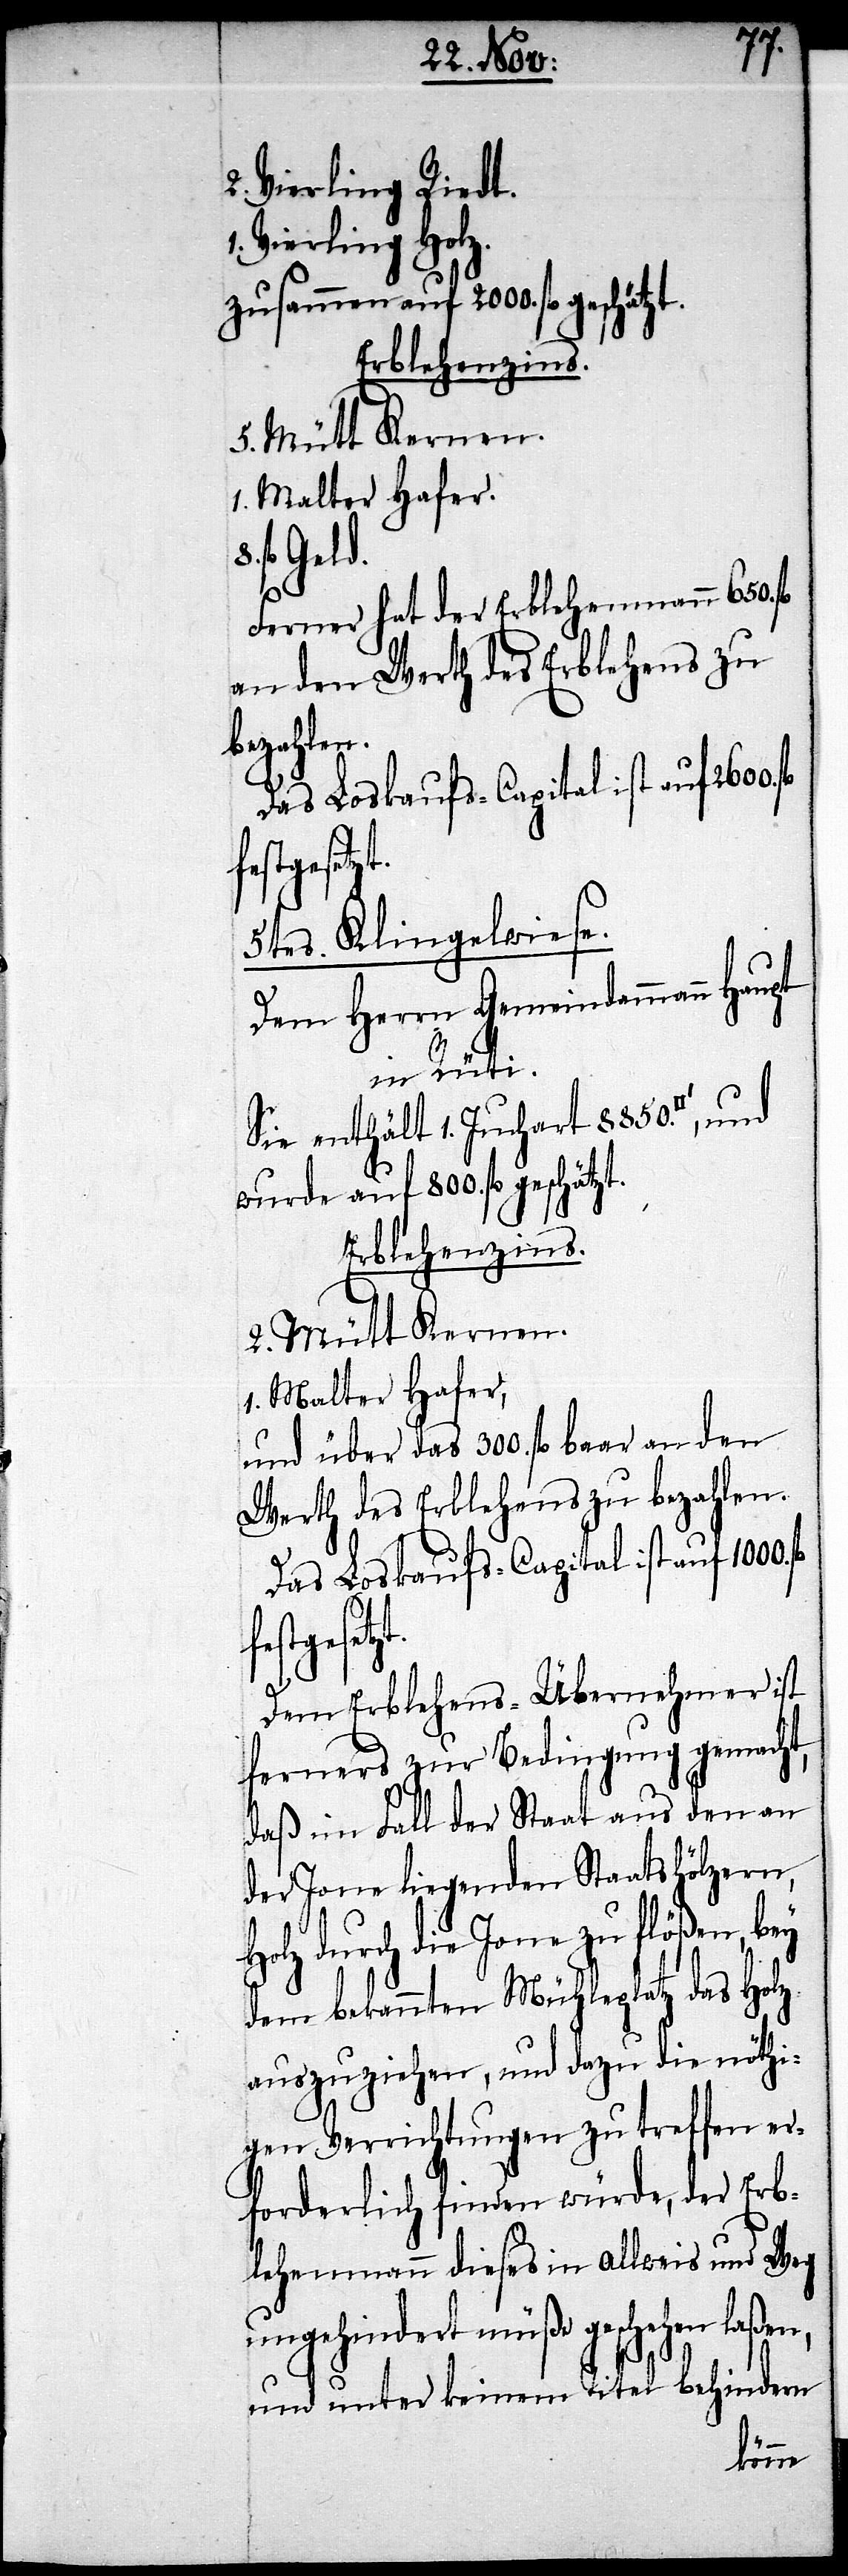
2. Vierling Riedt.
Vierling Holz.
zusammen auf 2000. fl.
2. Mütt Kernen.
1. Malter Hafer.
fl. Geld.
Ferner hat der Erblehenmann 650.
an den Werth des Erblehens zu
bezahlen.
gesetzt.
5tes. Klingelwiese.
Dem Herrn Gemeindammann Haupt
in Rüti.
Sie enthält 1. Juchart 8850. [Quad¬
wurde auf 800. fl. gesch¬
Erblehenszins.
und über das 300. fl. baar an den
Werth des Erblehens zu bezahlen.
Das Loskaufs-Capital ist auf 1000.
ätzt.
Dem Erblehens-Übernehmer ist
ferners zur Bedingung gemacht,
daß im Fall der Staat aus den an
der Jone liegenden Staatshölzern,
durch die Jone zu flößen, bey
dem bekannten Mühleplatz das Holz
auszuziehen, und dazu die nöthi¬
gen Verrichtungen zu treffen er¬
forderlich finden würde, der Erb¬
lehenmann diese in allweis und Weg
ungehindert müße geschehen
und unter keinem Titel behindern